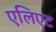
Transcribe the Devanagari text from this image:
एलिएट